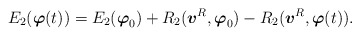
\begin{align*}E_{2}(\mbox{\mathversion{bold}$\varphi$}(t))=E_{2}(\mbox{\mathversion{bold}$\varphi$}_{0})+R_{2}(\mbox{\mathversion{bold}$v$}^{R},\mbox{\mathversion{bold}$\varphi$}_{0})-R_{2}(\mbox{\mathversion{bold}$v$}^{R},\mbox{\mathversion{bold}$\varphi$}(t)).\end{align*}